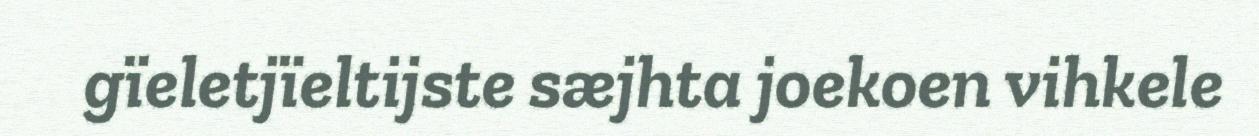
gïeletjïeltijste sæjhta joekoen vihkele